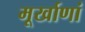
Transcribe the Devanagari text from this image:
मूर्खाणां